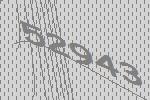
52943